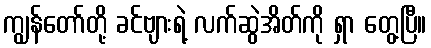
ကျွန်တော်တို့ ခင်ဗျားရဲ့ လက်ဆွဲအိတ်ကို ရှာ တွေ့ပြီ။